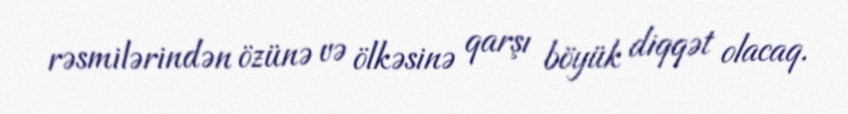
rəsmilərindən özünə və ölkəsinə qarşı böyük diqqət olacaq.